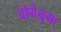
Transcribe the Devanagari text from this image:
चोगेनुमा